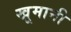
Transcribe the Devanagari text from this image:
खूमानी